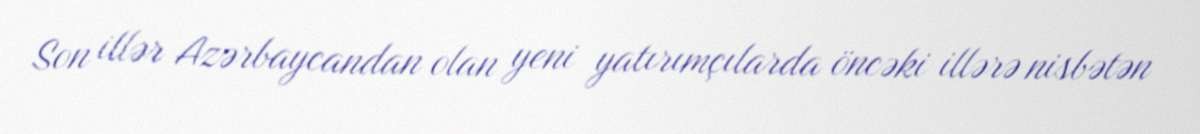
Son illər Azərbaycandan olan yeni yatırımçılarda öncəki illərə nisbətən